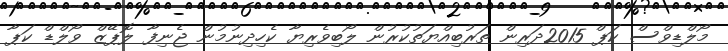
މޯލްޑިވްސް ކަޕް 2015ދަރިން ތަރުބިއްޔަތުކުރުން ލޯބިވެރިޔާ ކެހިދިނުމުން ޖެނިފާ ލޮޕޭޒް ވޯލްޑް ކަޕާ